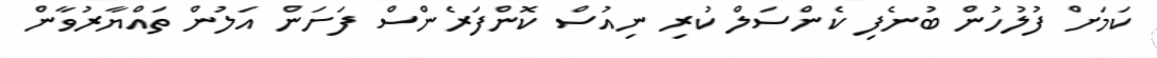
ކަމަށް ފުލުހުން ބުނެފި ކެންސަލް ކުރި ނިއުސް ކޮންފަރެންސް ފަށަން އަލުން ތައްޔާރުވާން